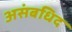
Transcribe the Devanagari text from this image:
असंबधिद